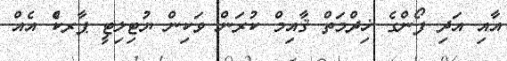
އާއި އަދި ފޯންގެ ޚިދްމަތް ޤާއިމް ކުރަން ވަކިން ޔުޓިލިޓީ ޕާރކްެ އެއް